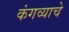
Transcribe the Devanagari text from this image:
कंगव्याचे